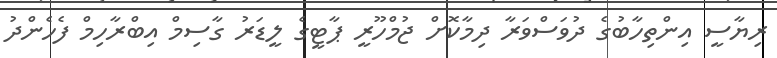
ރިޔާސީ އިންތިހާބުގެ ދުވަސްވަރާ ދިމާކޮށް ޖުމްހޫރީ ޕާޓީގެ ލީޑަރު ގާސިމް އިބްރާހިމް ފެހެންދު